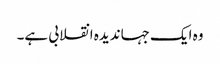
وہ ایک جہاندیدہ انقلابی ہے۔